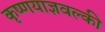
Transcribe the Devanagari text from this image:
कृष्णयाज्ञवल्की